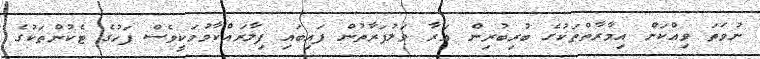
ނުވަތަ ވިއްކަން އިމާރާތްތަކުގެ ބުރިބުރިން އަރާ ވަލުފަރާތުން ފައިބައި ފިލާރައްކާވުމަކީވެސް ފަހުގެ ޓެކުންތަކުގެ